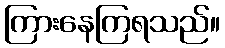
ကြားနေကြရသည်။